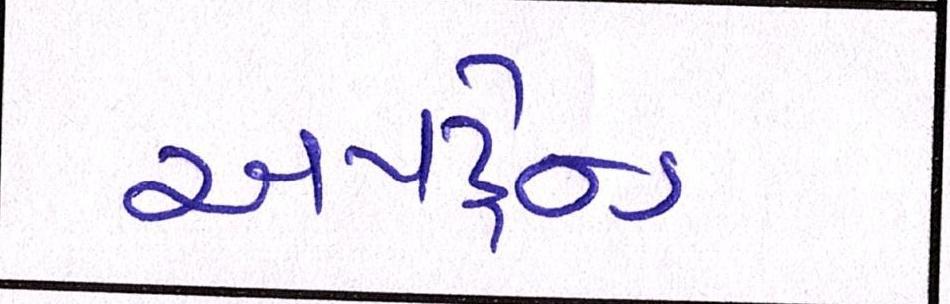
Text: અપટ્રેન્ડ